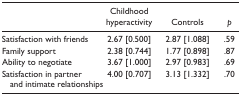
<table><thead><tr><td></td><td><b>Childhood hyperactivity</b></td><td><b>Controls</b></td><td><b><i>p</i></b></td></tr></thead><tbody><tr><td>Satisfaction with friends</td><td>2.67 [0.500]</td><td>2.87 [1.088]</td><td>.59</td></tr><tr><td>Family support</td><td>2.38 [0.744]</td><td>1.77 [0.898]</td><td>.87</td></tr><tr><td>Ability to negotiate</td><td>3.67 [1.000]</td><td>2.97 [0.983]</td><td>.69</td></tr><tr><td>Satisfaction in partner and intimate relationships</td><td>4.00 [0.707]</td><td>3.13 [1.332]</td><td>.70</td></tr></tbody></table>